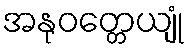
အနုဝတ္တေယျုံ